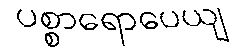
ပစ္စာရောပေယျ